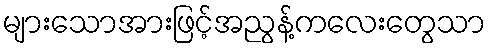
များသောအားဖြင့်အညွန့်ကလေးတွေသာ